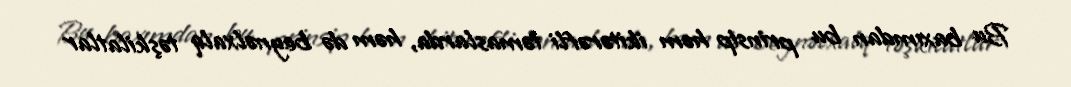
Bu baxımdan bu prinsip həm ikitərəfli təmaslarda, həm də beynəlxalq təşkilatlar